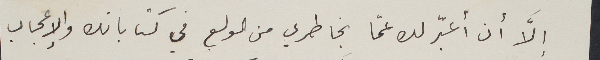
إلاَّ أن أعبّر لك عمّا بخاطري من الولع في كتاباتك والإعجاب